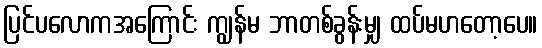
ပြင်ပလောကအကြောင်း ကျွန်မ ဘာတစ်ခွန်းမျှ ထပ်မဟတော့ပေ။